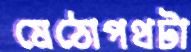
মেঠোপথটা